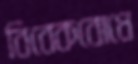
বিবেকবোধে